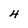
Character: 4